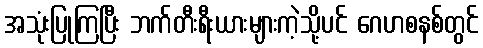
အသုံးပြုကြပြီး ဘက်တီးရီးယားများကဲ့သို့ပင် ဂေဟစနစ်တွင်